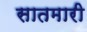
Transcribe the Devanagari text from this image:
सातमारी